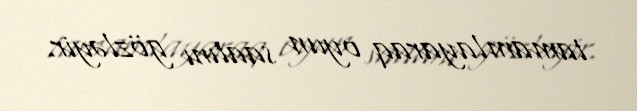
tamamlayaraq oyun saatını gözləyir.